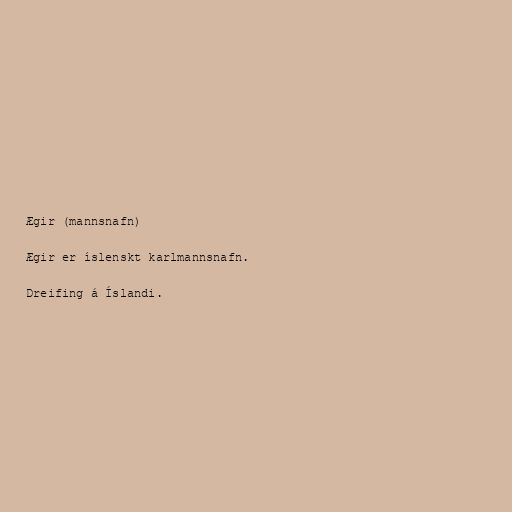
Ægir (mannsnafn)

Ægir er íslenskt karlmannsnafn.

Dreifing á Íslandi.